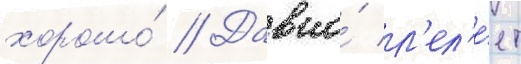
хорошо́ // Давно́ л'ел'е́ет